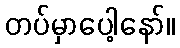
တပ်မှာပေါ့နော်။